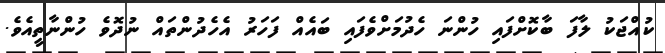
ކުއްޖަކު ލާފަ ބާކޮށްފައި ހުންނަ ހެދުމަށްވެފައި ބައެއް ފަހަރު އެހެދުންތައް ނުދޮވެ ހުންނާތީއެވެ.